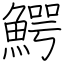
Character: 鰐